画像に写った文字を読んでください
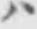
「ハ」と書いてあります